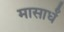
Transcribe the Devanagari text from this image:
मासार्धं